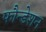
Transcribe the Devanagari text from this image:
फौन्डेशन